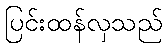
ပြင်းထန်လှသည်